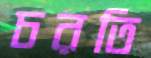
চরতি